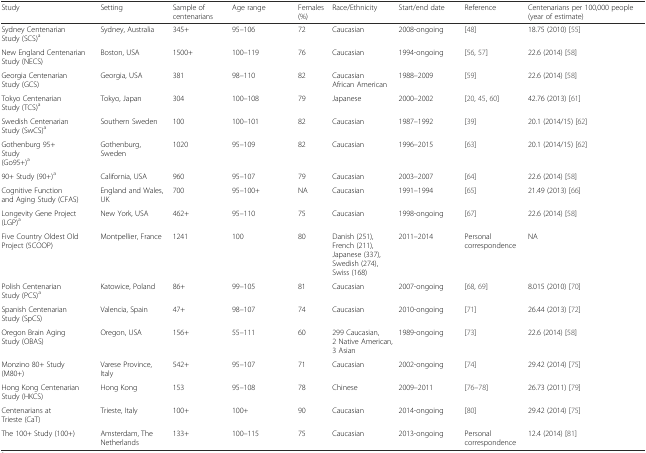
<table><thead><tr><td><b>Study</b></td><td><b>Setting</b></td><td><b>Sample of centenarians</b></td><td><b>Age range</b></td><td><b>Females (%)</b></td><td><b>Race/Ethnicity</b></td><td><b>Start/end date</b></td><td><b>Reference</b></td><td><b>Centenarians per 100,000 people (year of estimate)</b></td></tr></thead><tbody><tr><td>Sydney Centenarian Study (SCS)<sup>a</sup></td><td>Sydney, Australia</td><td>345+</td><td>95–106</td><td>72</td><td>Caucasian</td><td>2008-ongoing</td><td>[48]</td><td>18.75 (2010) [55]</td></tr><tr><td>New England Centenarian Study (NECS)</td><td>Boston, USA</td><td>1500+</td><td>100–119</td><td>76</td><td>Caucasian</td><td>1994-ongoing</td><td>[56, 57]</td><td>22.6 (2014) [58]</td></tr><tr><td>Georgia Centenarian Study (GCS)</td><td>Georgia, USA</td><td>381</td><td>98–110</td><td>82</td><td>Caucasian African American</td><td>1988–2009</td><td>[59]</td><td>22.6 (2014) [58]</td></tr><tr><td>Tokyo Centenarian Study (TCS)<sup>a</sup></td><td>Tokyo, Japan</td><td>304</td><td>100–108</td><td>79</td><td>Japanese</td><td>2000–2002</td><td>[20, 45, 60]</td><td>42.76 (2013) [61]</td></tr><tr><td>Swedish Centenarian Study (SwCS)<sup>a</sup></td><td>Southern Sweden</td><td>100</td><td>100–101</td><td>82</td><td>Caucasian</td><td>1987–1992</td><td>[39]</td><td>20.1 (2014/15) [62]</td></tr><tr><td>Gothenburg 95+ Study (Go95+)<sup>a</sup></td><td>Gothenburg, Sweden</td><td>1020</td><td>95–109</td><td>82</td><td>Caucasian</td><td>1996–2015</td><td>[63]</td><td>20.1 (2014/15) [62]</td></tr><tr><td>90+ Study (90+)<sup>a</sup></td><td>California, USA</td><td>960</td><td>95–107</td><td>79</td><td>Caucasian</td><td>2003–2007</td><td>[64]</td><td>22.6 (2014) [58]</td></tr><tr><td>Cognitive Function and Aging Study (CFAS)</td><td>England and Wales, UK</td><td>700</td><td>95–100+</td><td>NA</td><td>Caucasian</td><td>1991–1994</td><td>[65]</td><td>21.49 (2013) [66]</td></tr><tr><td>Longevity Gene Project (LGP)<sup>a</sup></td><td>New York, USA</td><td>462+</td><td>95–110</td><td>75</td><td>Caucasian</td><td>1998-ongoing</td><td>[67]</td><td>22.6 (2014) [58]</td></tr><tr><td>Five Country Oldest Old Project (5COOP)</td><td>Montpellier, France</td><td>1241</td><td>100</td><td>80</td><td>Danish (251), French (211), Japanese (337), Swedish (274), Swiss (168)</td><td>2011–2014</td><td>Personal correspondence</td><td>NA</td></tr><tr><td>Polish Centenarian Study (PCS)<sup>a</sup></td><td>Katowice, Poland</td><td>86+</td><td>99–105</td><td>81</td><td>Caucasian</td><td>2007-ongoing</td><td>[68, 69]</td><td>8.015 (2010) [70]</td></tr><tr><td>Spanish Centenarian Study (SpCS)</td><td>Valencia, Spain</td><td>47+</td><td>98–107</td><td>74</td><td>Caucasian</td><td>2010-ongoing</td><td>[71]</td><td>26.44 (2013) [72]</td></tr><tr><td>Oregon Brain Aging Study (OBAS)</td><td>Oregon, USA</td><td>156+</td><td>55–111</td><td>60</td><td>299 Caucasian, 2 Native American, 3 Asian</td><td>1989-ongoing</td><td>[73]</td><td>22.6 (2014) [58]</td></tr><tr><td>Monzino 80+ Study (M80+)</td><td>Varese Province, Italy</td><td>542+</td><td>95–107</td><td>71</td><td>Caucasian</td><td>2002-ongoing</td><td>[74]</td><td>29.42 (2014) [75]</td></tr><tr><td>Hong Kong Centenarian Study (HKCS)</td><td>Hong Kong</td><td>153</td><td>95–108</td><td>78</td><td>Chinese</td><td>2009–2011</td><td>[76–78]</td><td>26.73 (2011) [79]</td></tr><tr><td>Centenarians at Trieste (CaT)</td><td>Trieste, Italy</td><td>100+</td><td>100+</td><td>90</td><td>Caucasian</td><td>2014-ongoing</td><td>[80]</td><td>29.42 (2014) [75]</td></tr><tr><td>The 100+ Study (100+)</td><td>Amsterdam, The Netherlands</td><td>133+</td><td>100–115</td><td>75</td><td>Caucasian</td><td>2013-ongoing</td><td>Personal correspondence</td><td>12.4 (2014) [81]</td></tr></tbody></table>